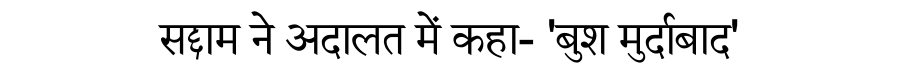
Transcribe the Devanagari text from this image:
सद्दाम ने अदालत में कहा- 'बुश मुर्दाबाद'